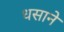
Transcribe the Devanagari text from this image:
धसाने